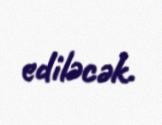
ediləcək.